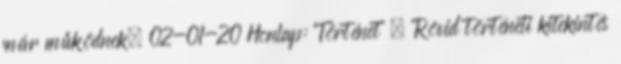
már működnek. 02-01-20 Honlap: 'Történet' » 'Rövid történeti kitekintés